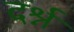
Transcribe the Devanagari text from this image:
दर्श्न